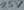
Text: 25v